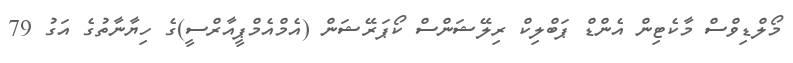
މޯލްޑިވްސް މާކެޓިން އެންޑް ޕަބްލިކް ރިލޭޝަންސް ކޯޕަރޭޝަން (އެމްއެމްޕީއާރްސީ)ގެ ހިޔާނާތުގެ އަގު 79